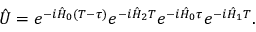
\hat { U } = e ^ { - i \hat { H } _ { 0 } ( T - \tau ) } e ^ { - i \hat { H } _ { 2 } T } e ^ { - i \hat { H } _ { 0 } \tau } e ^ { - i \hat { H } _ { 1 } T } .